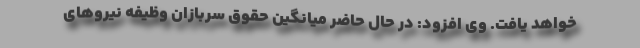
خواهد یافت. وی افزود: در حال حاضر میانگین حقوق سربازان وظیفه نیروهای